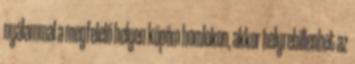
nyálammal a megfelelő helyen köpöm homlokon, akkor helyrebillenhet az